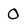
Character: 0